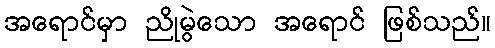
အရောင်မှာ ညိုမွဲသော အရောင် ဖြစ်သည်။